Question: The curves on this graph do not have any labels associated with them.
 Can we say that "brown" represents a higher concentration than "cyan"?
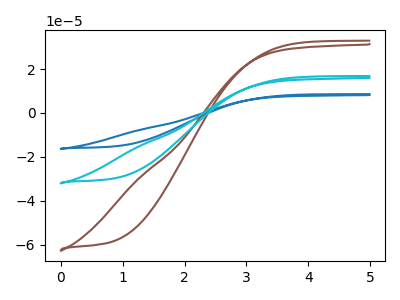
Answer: <think>The blue curve "blue" has no peaks. The brown curve "brown" has no peaks. The cyan curve "cyan" has no peaks.
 Neither "brown" or "cyan" have any peaks.</think>
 <answer>I cant tell if "brown" or "cyan" has higher concentration.</answer>
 <eval>mixed_concentration</eval>